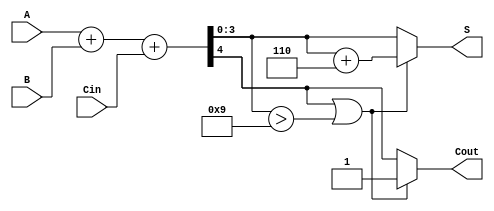
module bcd_adder (
    input [3:0] A,      // BCD input A
    input [3:0] B,      // BCD input B
    input Cin,          // Carry input
    output reg [3:0] S, // BCD result
    output reg Cout     // Carry output
);

    wire [4:0] Sum;     // 5-bit sum to accommodate carry
    reg [4:0] Corrected_Sum; // Sum after potential correction

    // Binary addition of A, B, and Cin
    assign Sum = A + B + Cin;

    always @(*) begin
        // Initialize outputs
        Cout = 0;
        S = 0;

        // Check if correction is needed
        if (Sum[4] == 1 || Sum[3:0] > 4'd9) begin
            // Correction needed, add 6 to the sum
            Corrected_Sum = Sum + 5'b0110;
            S = Corrected_Sum[3:0]; // Updated sum after correction
            Cout = 1;                // Set carry out
        end else begin
            // No correction needed
            S = Sum[3:0];            // Assign sum directly
            Cout = Sum[4];           // Carry out from original addition
        end
    end

endmodule